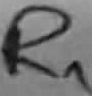
Text: R1